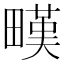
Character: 𤳉